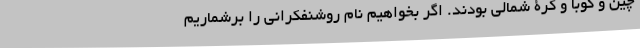
چین و کوبا و کرۀ شمالی بودند. اگر بخواهیم نام روشنفکرانی را برشماریم